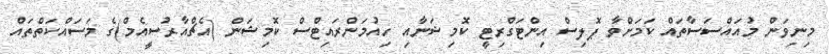
މިނިވަން މުއައްސަސާތައް ކަމަށްވާ ޕޮލިސް އިންޓަގްރިޓީ ކޮމިޝަނާއި ހިއުމަންރައިޓްސް ކޮމިޝަން (އެޗްއާރުސީއެމް)ގެ މަސައްކަތްތައް